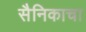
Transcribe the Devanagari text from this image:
सैनिकाचा